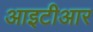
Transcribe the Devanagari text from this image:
आइटीआर